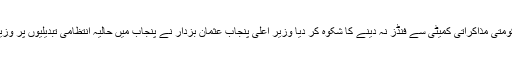
← مسلم لیگ ق نے حکومتی مذاکراتی کمیٹی سے فنڈز نہ دینے کا شکوہ کر دیا وزیر اعلی پنجاب عثمان بزدار نے پنجاب میں حالیہ انتظامی تبدیلیوں پر وزیراعظم کو بریف کیا →